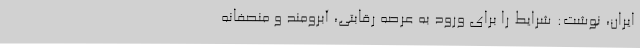
ایران، نوشت: شرایط را برای ورود به عرصه رقابتی، آبرومند و منصفانه